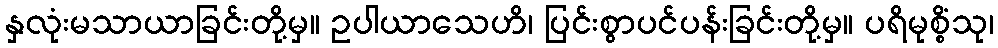
နှလုံးမသာယာခြင်းတို့မှ။ ဥပါယာသေဟိ၊ ပြင်းစွာပင်ပန်းခြင်းတို့မှ။ ပရိမုစ္စိံသု၊